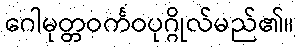
ဂေါမုတ္တဝင်္ကဝပုဂ္ဂိုလ်မည်၏။